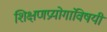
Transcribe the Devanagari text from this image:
शिक्षणप्रयोगांविषयी